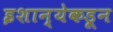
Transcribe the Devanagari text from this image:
इशान्येकडून